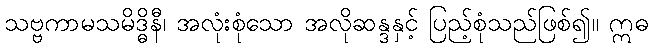
သဗ္ဗကာမသမိဒ္ဓိနီ၊ အလုံးစုံသော အလိုဆန္ဒနှင့် ပြည့်စုံသည်ဖြစ်၍။ ဣဓ